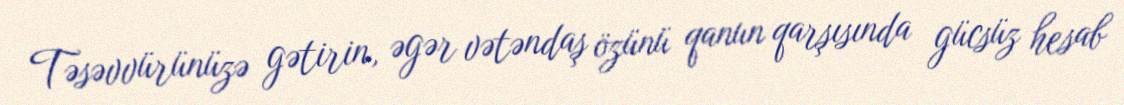
Təsəvvürünüzə gətirin, əgər vətəndaş özünü qanun qarşısında gücsüz hesab